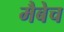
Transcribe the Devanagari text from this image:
मैबेच